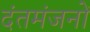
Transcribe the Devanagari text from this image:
दंतमंजनों